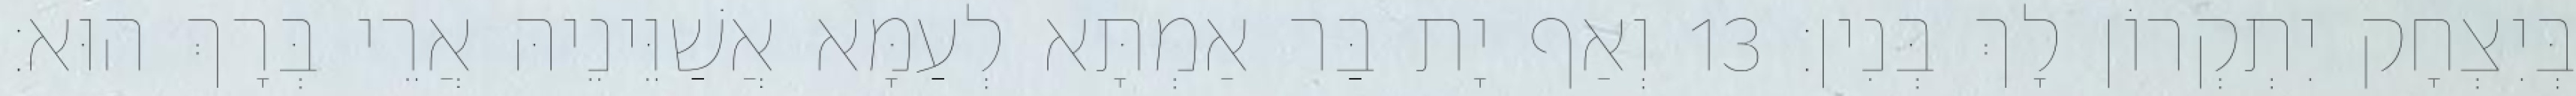
בְּיִצְחָק יִתְקְרוֹן לָךְ בְּנִין׃ 13 וְאַף יָת בַּר אַמְתָּא לְעַמָּא אֲשַׁוֵּינֵיהּ אֲרֵי בְּרָךְ הוּא׃